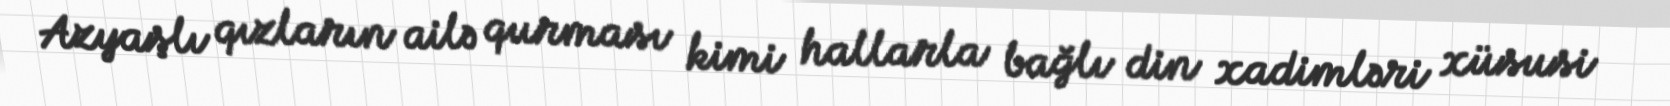
Azyaşlı qızların ailə qurması kimi hallarla bağlı din xadimləri xüsusi